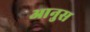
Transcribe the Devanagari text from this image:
आनुस